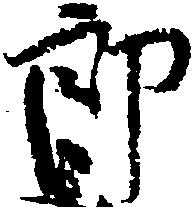
郎